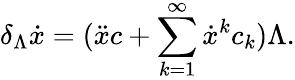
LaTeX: \delta_{\Lambda}\dot{x}=(\ddot{x}c+\sum_{k=1}^{\infty}\dot{x}^{k}c_{k})\Lambda.